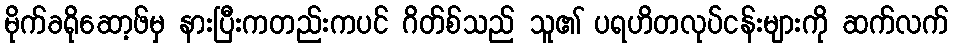
မိုက်ခရိုဆော့ဖ်မှ နားပြီးကတည်းကပင် ဂိတ်စ်သည် သူ၏ ပရဟိတလုပ်ငန်းများကို ဆက်လက်